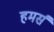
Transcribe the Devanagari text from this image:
हमर्स